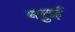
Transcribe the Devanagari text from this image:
कठुई